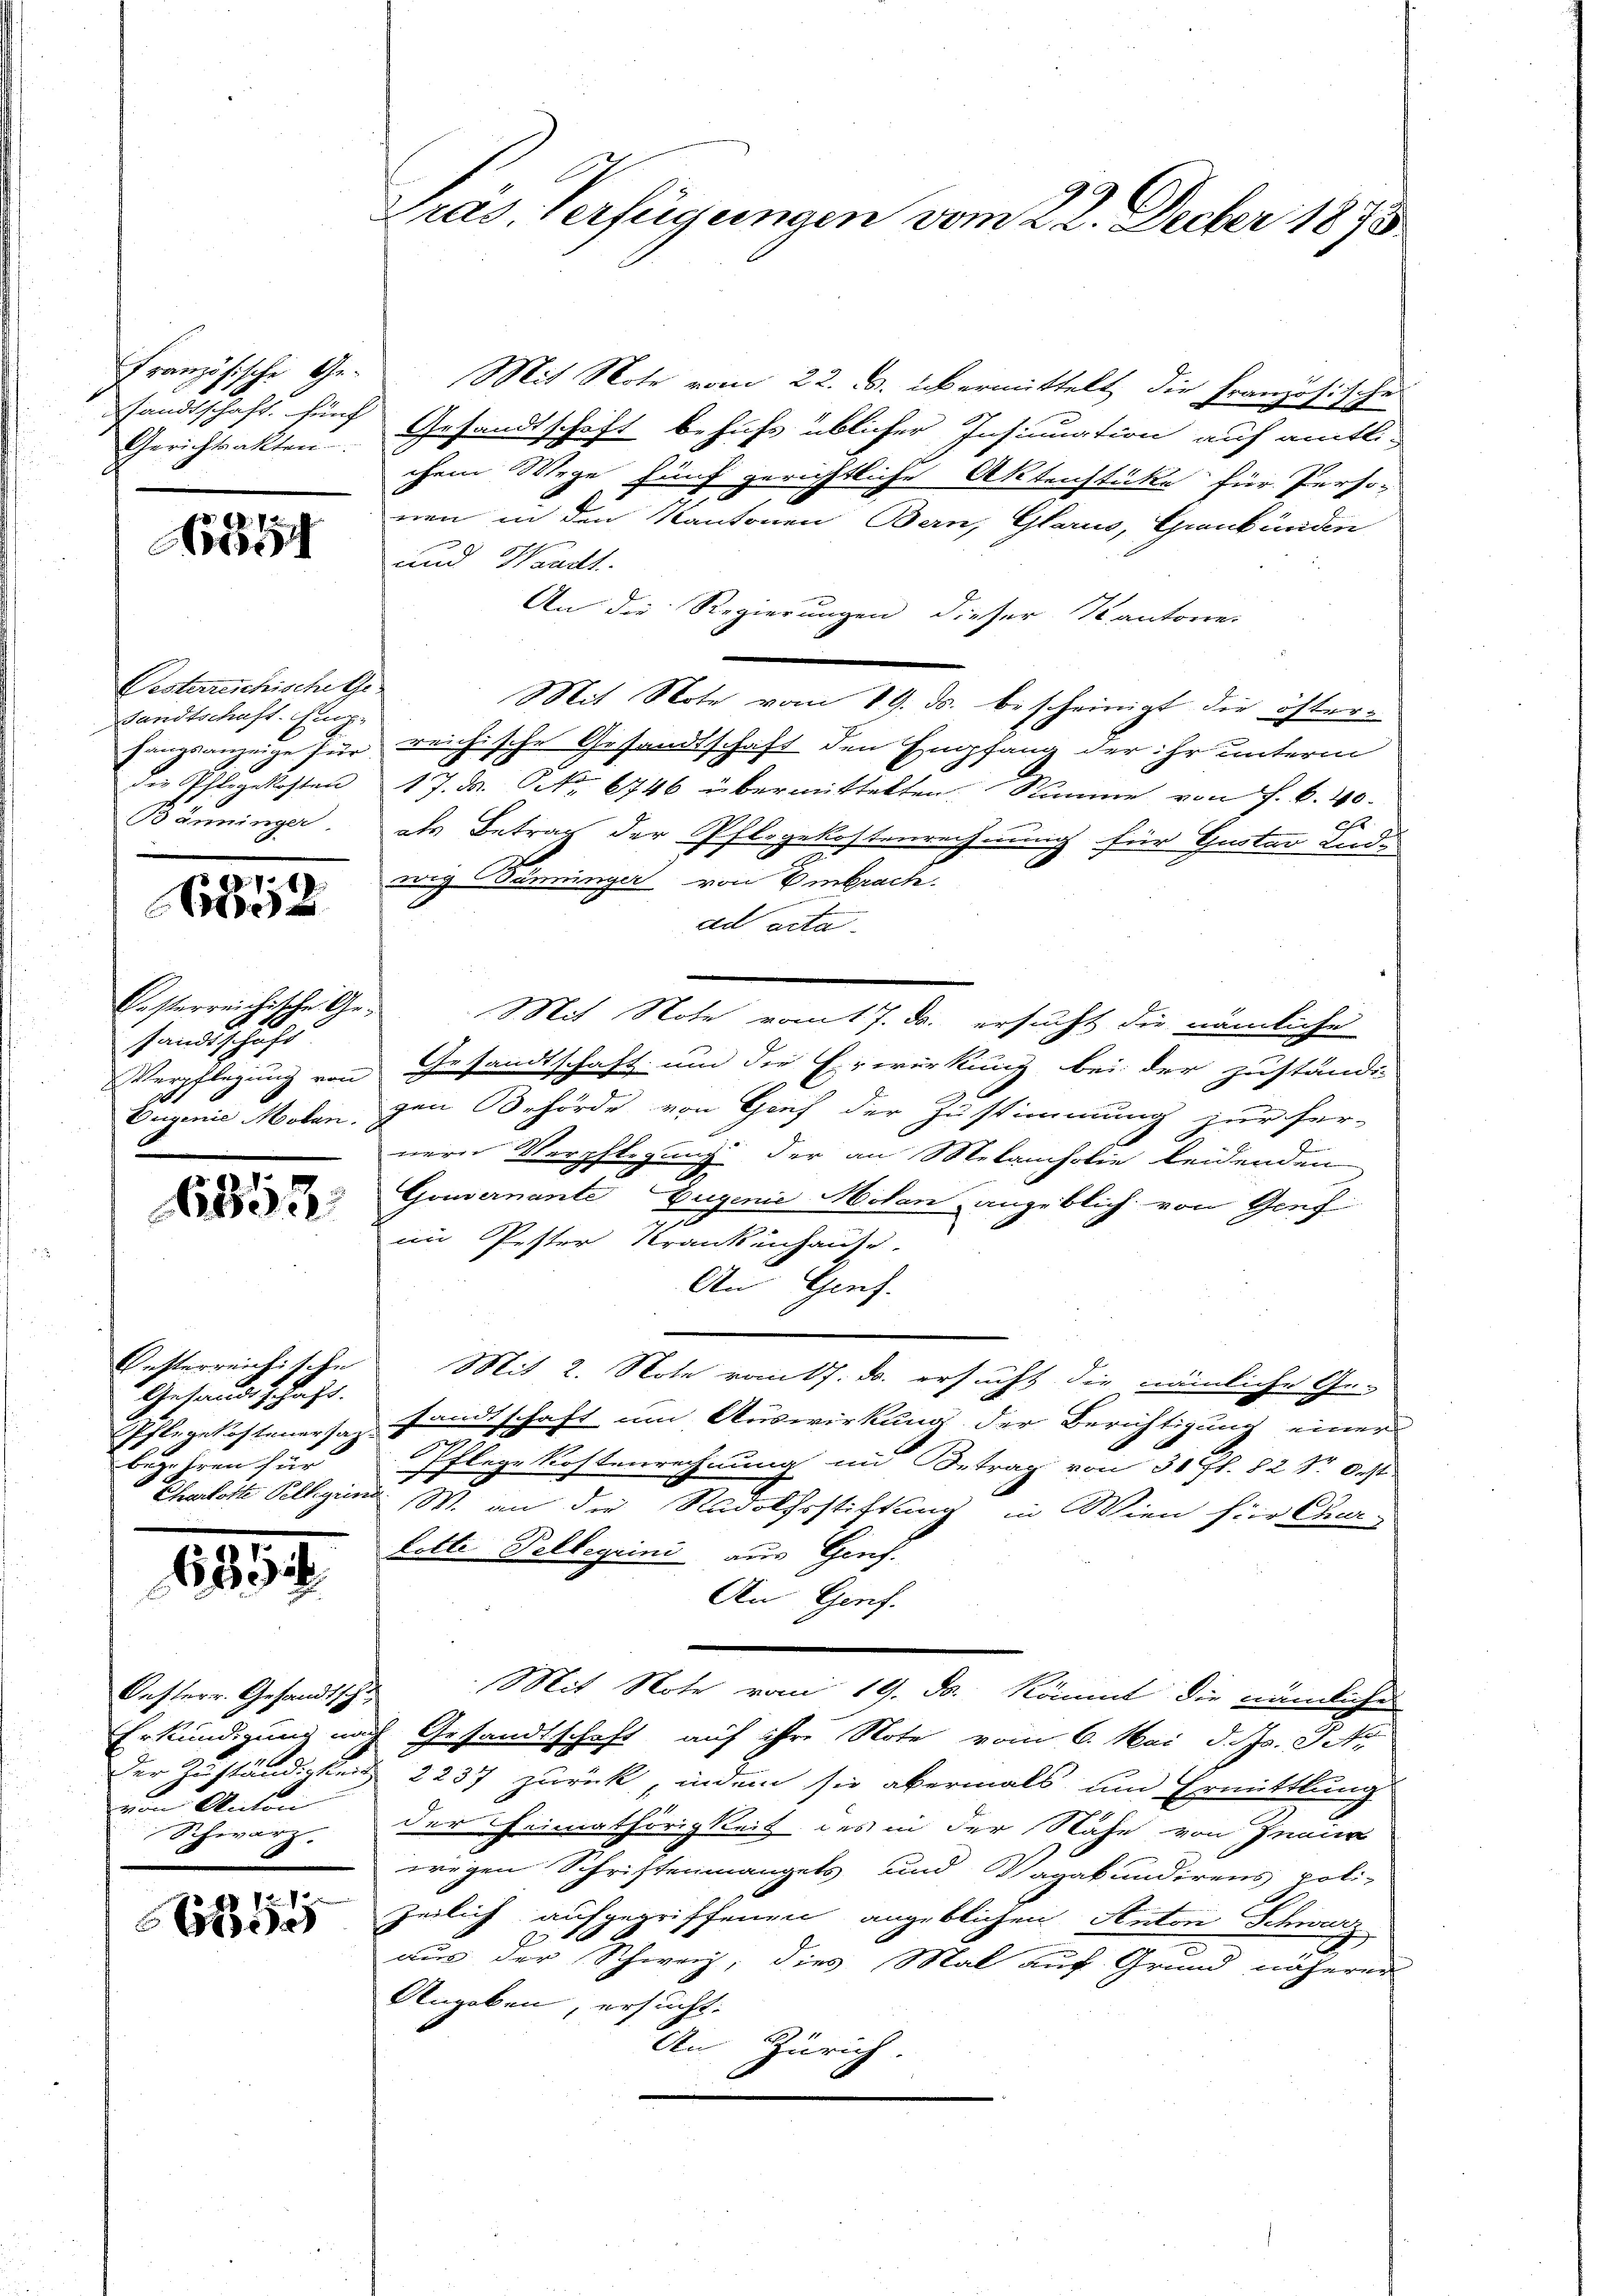
Gerichtsakten.

891

Pesterreichische Ge
sandtschaft-Gup-
Bänninger.

8177 f
0

Casterreichische Ge¬
10
sandtschaft

6352

Getterreichische
Gesandtschaft.
begehren für

635

Oesterr. Gesandtschu
von Anton
Schwarz.

55

Französische Ge¬ Mit Note vom 22. B. übermittelt die Französische
sandtschaft fünf Gesandtschaft behufs üblicher Insinuation auf amtli-
chem Wege fünf gerichtliche Aktenstüke für Perso-
nen in den Kantonen Bern, Glarus, Graubünden
und Waadt.
An die Regierungen dieser Kantorre-
Mit Note vom 19. ds. bescheinigt die österfangsanzeige für reichische Gesandtschaft den Empfang der ihr unterm
die Pflegekosten 17. d. Oct. 6746 übermittelten. Stimme von J. C. 40.
2
als Betrag der Pflegekostenrechnung für Guster Ludwig Bänninger von Embrache.
ad acta.
Mit Note vom 7. ds. ersucht die nämliche
Verpflegung von Gesandtschaft um die Erwirkung bei der zuständi-
Eugenie Molangen Behörde von Graf der Zustimmung zur her-
nern Verpflegung der an Melancholie leidenden
Gouvernante Eugenie Holan angeblich von Genf
im Pester Krankenhause.
An Genf.
Mit 2. Note vom 7. ds. ersucht die nämliche Ge-
Pflegekostenersaz sandtschaft um Auswirkung der Berichtigung einer
Pflege Kostenrechnung und Betrag von 31 ff. 82 Sr. Oest
n
Charlotte Pelligiind. W. an die Rudolfsstiftung in Wien für Chur-
Lotte Tellegiini aus Genf.
An Geref.
Mit Note vom 19. ds. Kömmt die nämliches
Erkündigung nach Gesandtschaft auf ihre Note vom 6. Mai d. J. J.
Der Zuständigkeit 2237 zurück, indem sie abermals um Ermittlung
der Einnathörigkeit des in der Nähe von Inni
wegen Schriftenmangels und Vagakundirens poli-
zeilich aufgegriffenen angeblichen Anton Schwarz
aus der Schweiz, dies Mal auf Grund näherer
Angeben, ersucht.
An Zürich.

Pras Verfügungen vom 22. Decber 1875